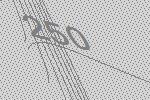
250